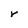
Character: r